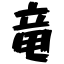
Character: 竜